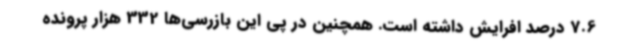
7.6 درصد افرایش داشته است. همچنین در پی این بازرسی‌ها 332 هزار پرونده